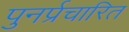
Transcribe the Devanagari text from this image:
पुनर्प्रचारित